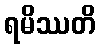
ရမိဿတိ